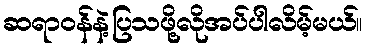
ဆရာဝန်နဲ့ပြသဖို့လိုအပ်ပါလိမ့်မယ်။